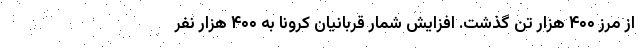
از مرز ۴۰۰ هزار تن گذشت. افزایش شمار قربانیان کرونا به ۴۰۰ هزار نفر